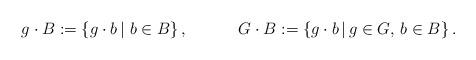
LaTeX: \begin{align*} g\cdot B&:=\left\{g\cdot b \,\vert\, \,b\in B \right\}, & G\cdot B&:=\left\{g\cdot b \,\vert\, g\in G,\,b\in B \right\}.\end{align*}